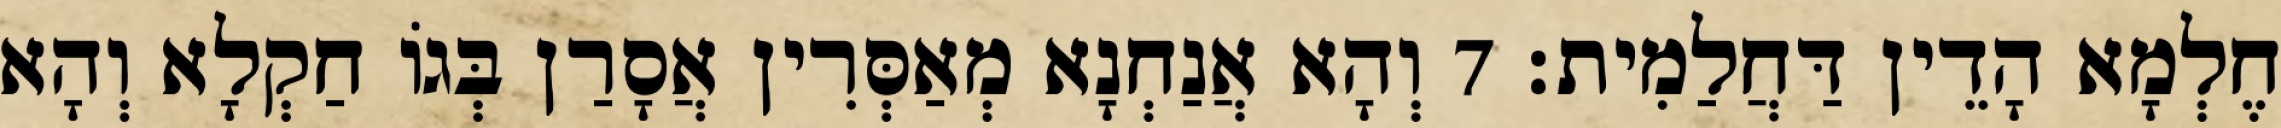
חֶלְמָא הָדֵין דַּחֲלַמִית׃ 7 וְהָא אֲנַחְנָא מְאַסְּרִין אֲסָרַן בְּגוֹ חַקְלָא וְהָא